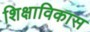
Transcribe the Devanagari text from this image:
शिक्षाविकास